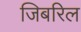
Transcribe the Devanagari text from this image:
जिबरिल